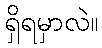
ရှိရမှာလဲ။